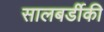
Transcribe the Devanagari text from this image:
सालबर्डीकी